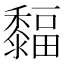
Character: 䵗